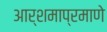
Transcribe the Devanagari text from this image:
आर्शमाप्रमाणे